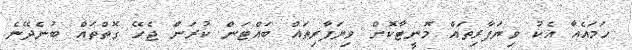
ހަމައެއާ އެކު ވިޔަފާރިތައް މޮނީޓާކޮށް ވިޔަފާރިތައް ބައްޓަން ކުރަން ޖެހޭ ގޮތްތައް ބުނެދޭނެ